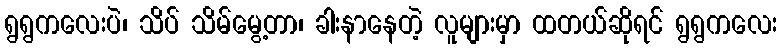
ရွရွကလေးပဲ၊ သိပ် သိမ်မွေ့တာ၊ ခါးနာနေတဲ့ လူများမှာ ထတယ်ဆိုရင် ရွရွကလေး